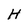
Character: H